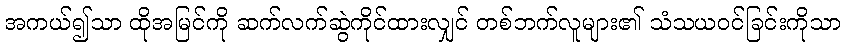
အကယ်၍သာ ထိုအမြင်ကို ဆက်လက်ဆွဲကိုင်ထားလျှင် တစ်ဘက်လူများ၏ သံသယဝင်ခြင်းကိုသာ